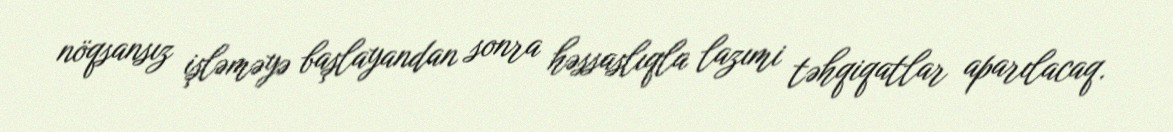
nöqsansız işləməyə başlayandan sonra həssaslıqla lazımi təhqiqatlar aparılacaq.